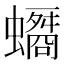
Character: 𧓠